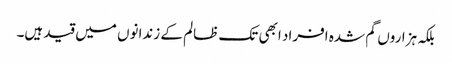
بلکہ ہزاروں گم شدہ افراد ابھی تک ظالم کے زندانوں میں قید ہیں۔